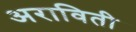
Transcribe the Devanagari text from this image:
अराविती